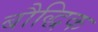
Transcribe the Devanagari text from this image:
बौद्धिक